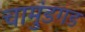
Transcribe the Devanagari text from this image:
चामुंडगड